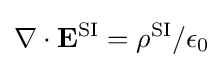
\nabla \cdot \mathbf {E} ^{\text{SI}}=\rho ^{\text{SI}}/\epsilon _{0}